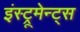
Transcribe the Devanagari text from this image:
इंस्ट्रूमेन्ट्स